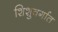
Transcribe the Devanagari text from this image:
शिशुवर्गात